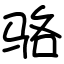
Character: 骆